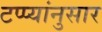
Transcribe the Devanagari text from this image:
टप्प्यांनुसार